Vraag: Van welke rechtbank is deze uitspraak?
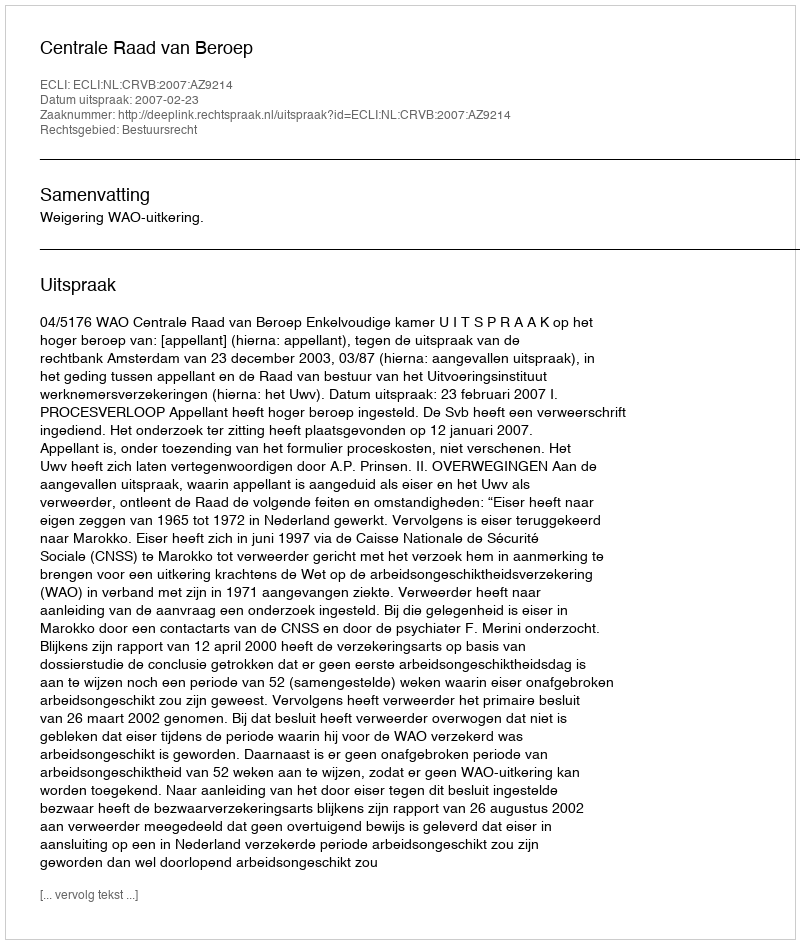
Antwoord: Centrale Raad van Beroep